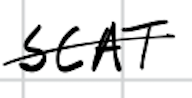
Text: SCAT
Cross-out: single-line
Writing tool: digital_black